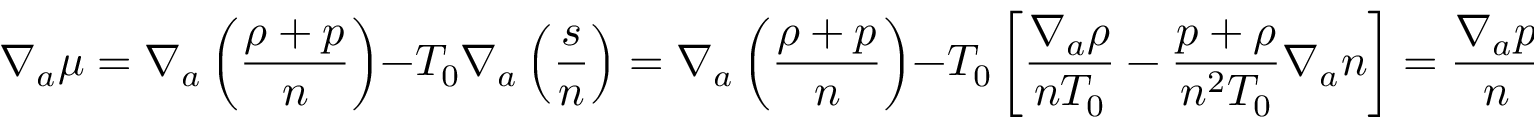
\nabla _ { a } \mu = \nabla _ { a } \left( \frac { \rho + p } { n } \right) - T _ { 0 } \nabla _ { a } \left( \frac { s } { n } \right) = \nabla _ { a } \left( \frac { \rho + p } { n } \right) - T _ { 0 } \left[ \frac { \nabla _ { a } \rho } { n T _ { 0 } } - \frac { p + \rho } { n ^ { 2 } T _ { 0 } } \nabla _ { a } n \right] = \frac { \nabla _ { a } p } { n } ~ ,